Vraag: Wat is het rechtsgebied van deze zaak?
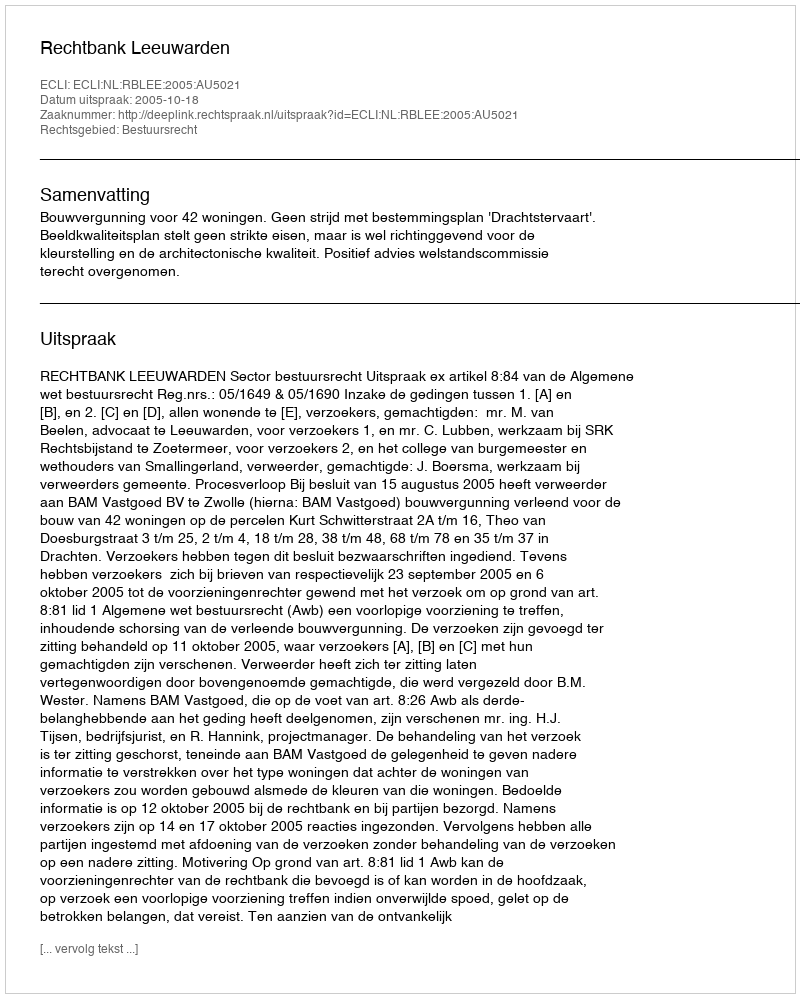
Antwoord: Bestuursrecht